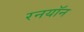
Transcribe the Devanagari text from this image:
रनयॉन